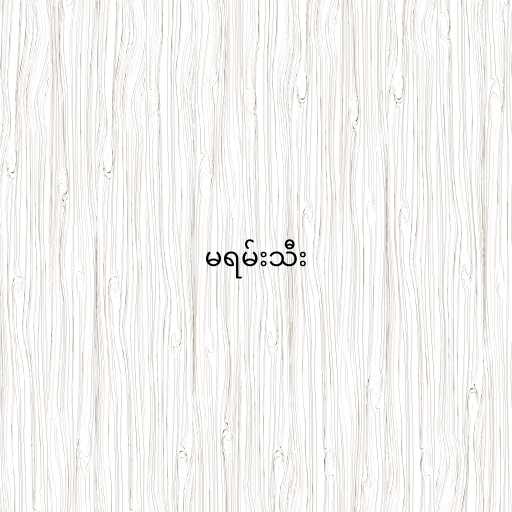
မရမ်းသီး